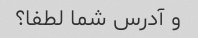
و آدرس شما لطفا؟